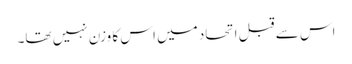
اس سے قبل اتحاد میں اس کا وزن نہیں تھا۔